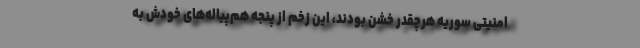
امنیتی سوریه هرچقدر خشن بودند، این زخم از پنجه هم‌پیاله‌های خودش به